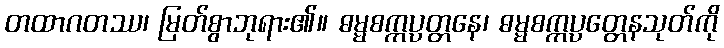
တထာဂတဿ၊ မြတ်စွာဘုရား၏။ ဓမ္မစက္ကပ္ပတ္တနေ၊ ဓမ္မစက္ကပ္ပတ္တေနသုတ်ကို